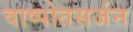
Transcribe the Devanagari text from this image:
वाष्पोतसर्जन